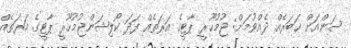
ސަންއަށް ޚަބަރެއް ދެއްވުމަށް: ޖުމުހޫރީ ޕާޓީގެ އަރަތެއް ފަދަ ކޯލިޝަންޖުމުހޫރީ ޕާޓީގެ އަރަތެއް